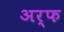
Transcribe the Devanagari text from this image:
अर्फ